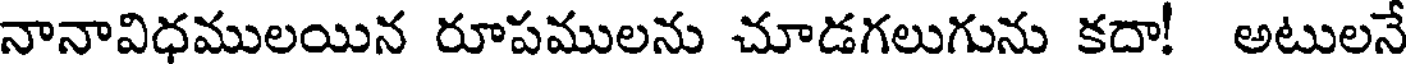
నానావిధములయిన రూపములను చూడగలుగును కదా! అటులనే